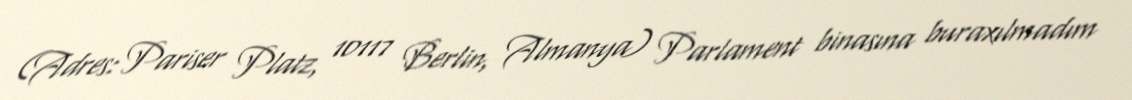
(Adres: Pariser Platz, 10117 Berlin, Almanya) Parlament binasına buraxılmadım